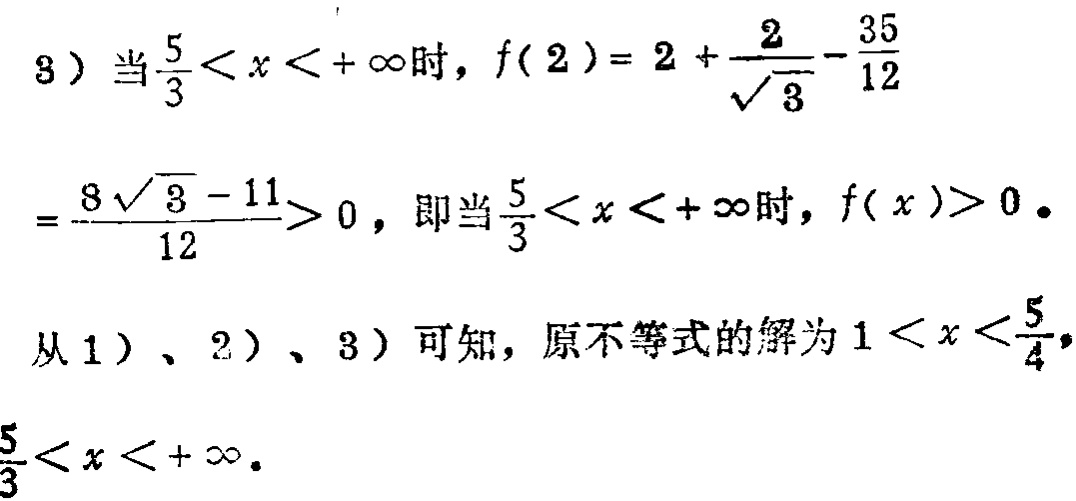
3) 当\(\frac{5}{3}<x<+\infty\)时，\(f(2)=2 + \frac{2}{\sqrt{3}}-\frac{35}{12}\)
\(=\frac{8\sqrt{3}-11}{12}>0\)，即当\(\frac{5}{3}<x<+\infty\)时，\(f(x)>0\)。
从1)、2)、3)可知，原不等式的解为\(1<x<\frac{5}{4}\)，\(\frac{5}{3}<x<+\infty\)。